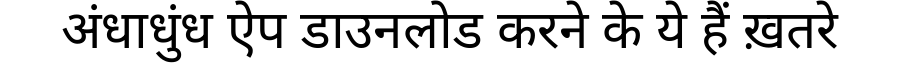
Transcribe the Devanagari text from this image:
अंधाधुंध ऐप डाउनलोड करने के ये हैं ख़तरे